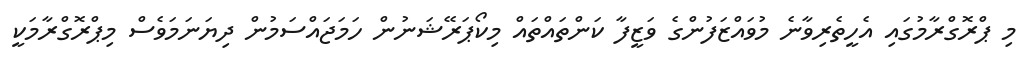
މި ޕްރޮގްރާމުގައި އެހީތެރިވާނެ މުވައްޒަފުންގެ ވަޒީފާ ކަންތައްތައް މިކޯޕަރޭޝަނުން ހަމަޖައްސަމުން ދިޔަނަމަވެސް މިޕްރޮގްރާމަކީ